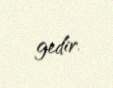
gedir.